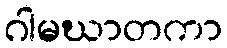
ဂါမဃာတကာ